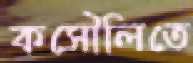
কসৌলিতে